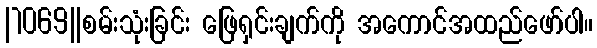
|1069||စမ်းသုံးခြင်း ဖြေရှင်းချက်ကို အကောင်အထည်ဖော်ပါ။